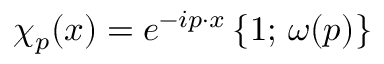
\chi _ { p } ( x ) = e ^ { - i p \cdot x } \, \{ 1 ; \, \omega ( p ) \}